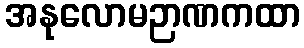
အနုလောမဉာဏကထာ